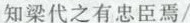
知梁代之有忠臣焉/